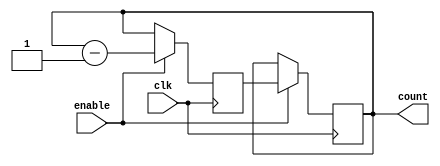
module binary_down_counter (
    input wire clk,
    input wire enable,
    output reg [3:0] count
);

// Timing control and synchronization blocks
reg [3:0] next_count;

always @(posedge clk) begin
    if (enable) begin
        next_count <= count - 1;
    end else begin
        next_count <= count;
    end
end

always @(posedge clk) begin
    if (enable) begin
        count <= next_count;
    end
end

endmodule